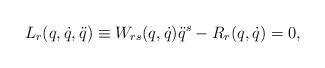
\begin{align*}L_r(q,\dot q,\ddot q) \equiv W_{rs}(q,\dot q)\ddot q^s - R_r(q,\dot q) = 0,\end{align*}